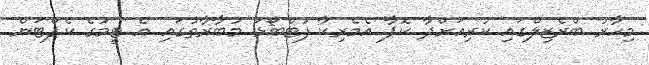
މިހާރު ބްރެޒިލްގައި ކުރިއަށްދާ ކޮޕާ އެމެރިކާ ފުޓްބޯޅަ މުބާރާތުގައި އެ ޓީމުގެ ކެޕްޓަން